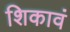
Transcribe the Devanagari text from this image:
शिकावं